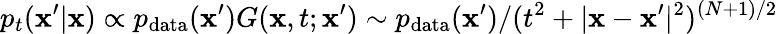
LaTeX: p_{t}(\mathbf{x}^{\prime}|\mathbf{x})\propto p_{\mathrm{data}}(\mathbf{x}^{\prime})G(\mathbf{x},t;\mathbf{x}^{\prime})\sim p_{\mathrm{data}}(\mathbf{x}^{\prime})/(t^{2}+|\mathbf{x}-\mathbf{x}^{\prime}|^{2})^{(N+1)/2}